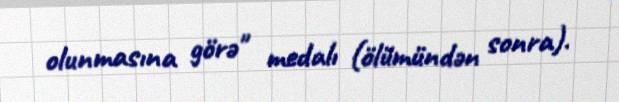
olunmasına görə" medalı (ölümündən sonra).